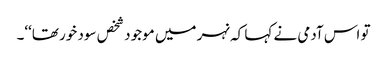
تو اس آدمی نے کہا کہ نہر میں موجود شخص سود خور تھا‘‘۔